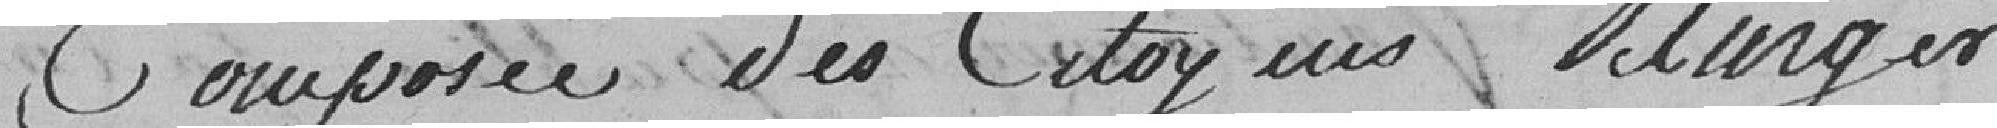
Composée des Citoyens Slanger